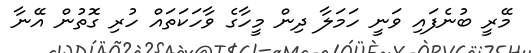
މޭރީ ބުނެފައި ވަނީ ހަމަލާ ދިން މީހާގެ ވާހަކަތައް ހުރި ގޮތުން އޭނާ